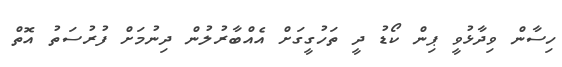
ހިސާން ވިދާޅުވީ ޕިން ކޯޑު ދީ ތަހުގީގަށް އެއްބާރުލުން ދިނުމަށް ފުރުސަތު އޮތް